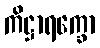
ကိဋ္ဌာရက္ခော